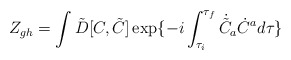
\begin{align*}Z_{gh} =\int \tilde D[C, \tilde C]\exp\{-i\int_{\tau_i}^{\tau_f}{}\dot{\tilde C}_a\dot {C}^a{}d\tau\}\end{align*}